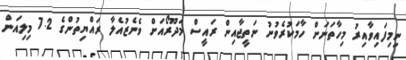
ނިމިފައިވާއިރު މިހާތަނަށް ހާމަކުރެވުނު ނަތީޖާއިން ރައީސް މަދޫރޯއަށް ވެނެޒުއެލާ ރައްޔިތުންގެ 7.2 މިލިއަން